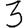
Digit: 3